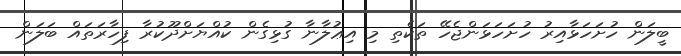
ބީލަން ހުށަހަޅާއިރު ހުށަހަޅަންޖެހޭ ތަކެތި މި އިޢުލާނާ ގުޅިގެން ކުއްޔަށްދޫކުރާ ފިހާރަތައް ބަލަން